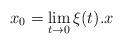
LaTeX: \begin{align*}x_0=\lim\limits_{t\to 0}\xi(t).x\end{align*}